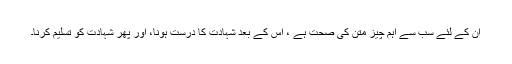
ان کے لئے سب سے اہم چیز متن کی صحت ہے ، اس کے بعد شہادت کا درست ہونا، اور پھر شہادت کو تسلیم کرنا۔